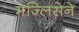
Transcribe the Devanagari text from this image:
मज्लिसेने